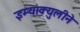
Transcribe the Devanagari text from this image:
इम्‍याक्‍युलीने